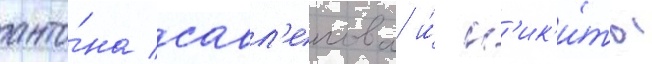
анто́на савл'епова и́ н'ик'и́ты